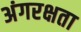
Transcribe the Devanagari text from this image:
अंगरक्षता